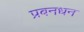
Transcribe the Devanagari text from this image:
प्रबनधन